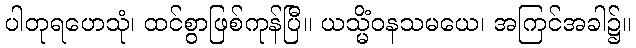
ပါတုရဟေသုံ၊ ထင်စွာဖြစ်ကုန်ပြီ။ ယသ္မိံဝနသမယေ၊ အကြင်အခါ၌။